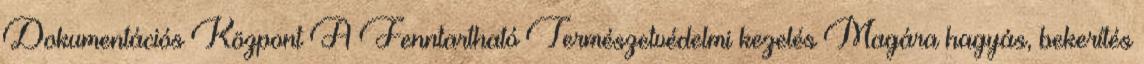
Dokumentációs Központ A Fenntartható Természetvédelmi kezelés Magára hagyás, bekerítés